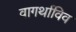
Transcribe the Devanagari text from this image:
वागर्थाविव